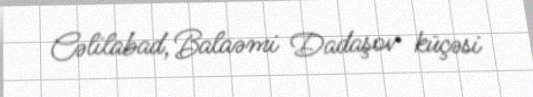
Cəlilabad, Balaəmi Dadaşov küçəsi